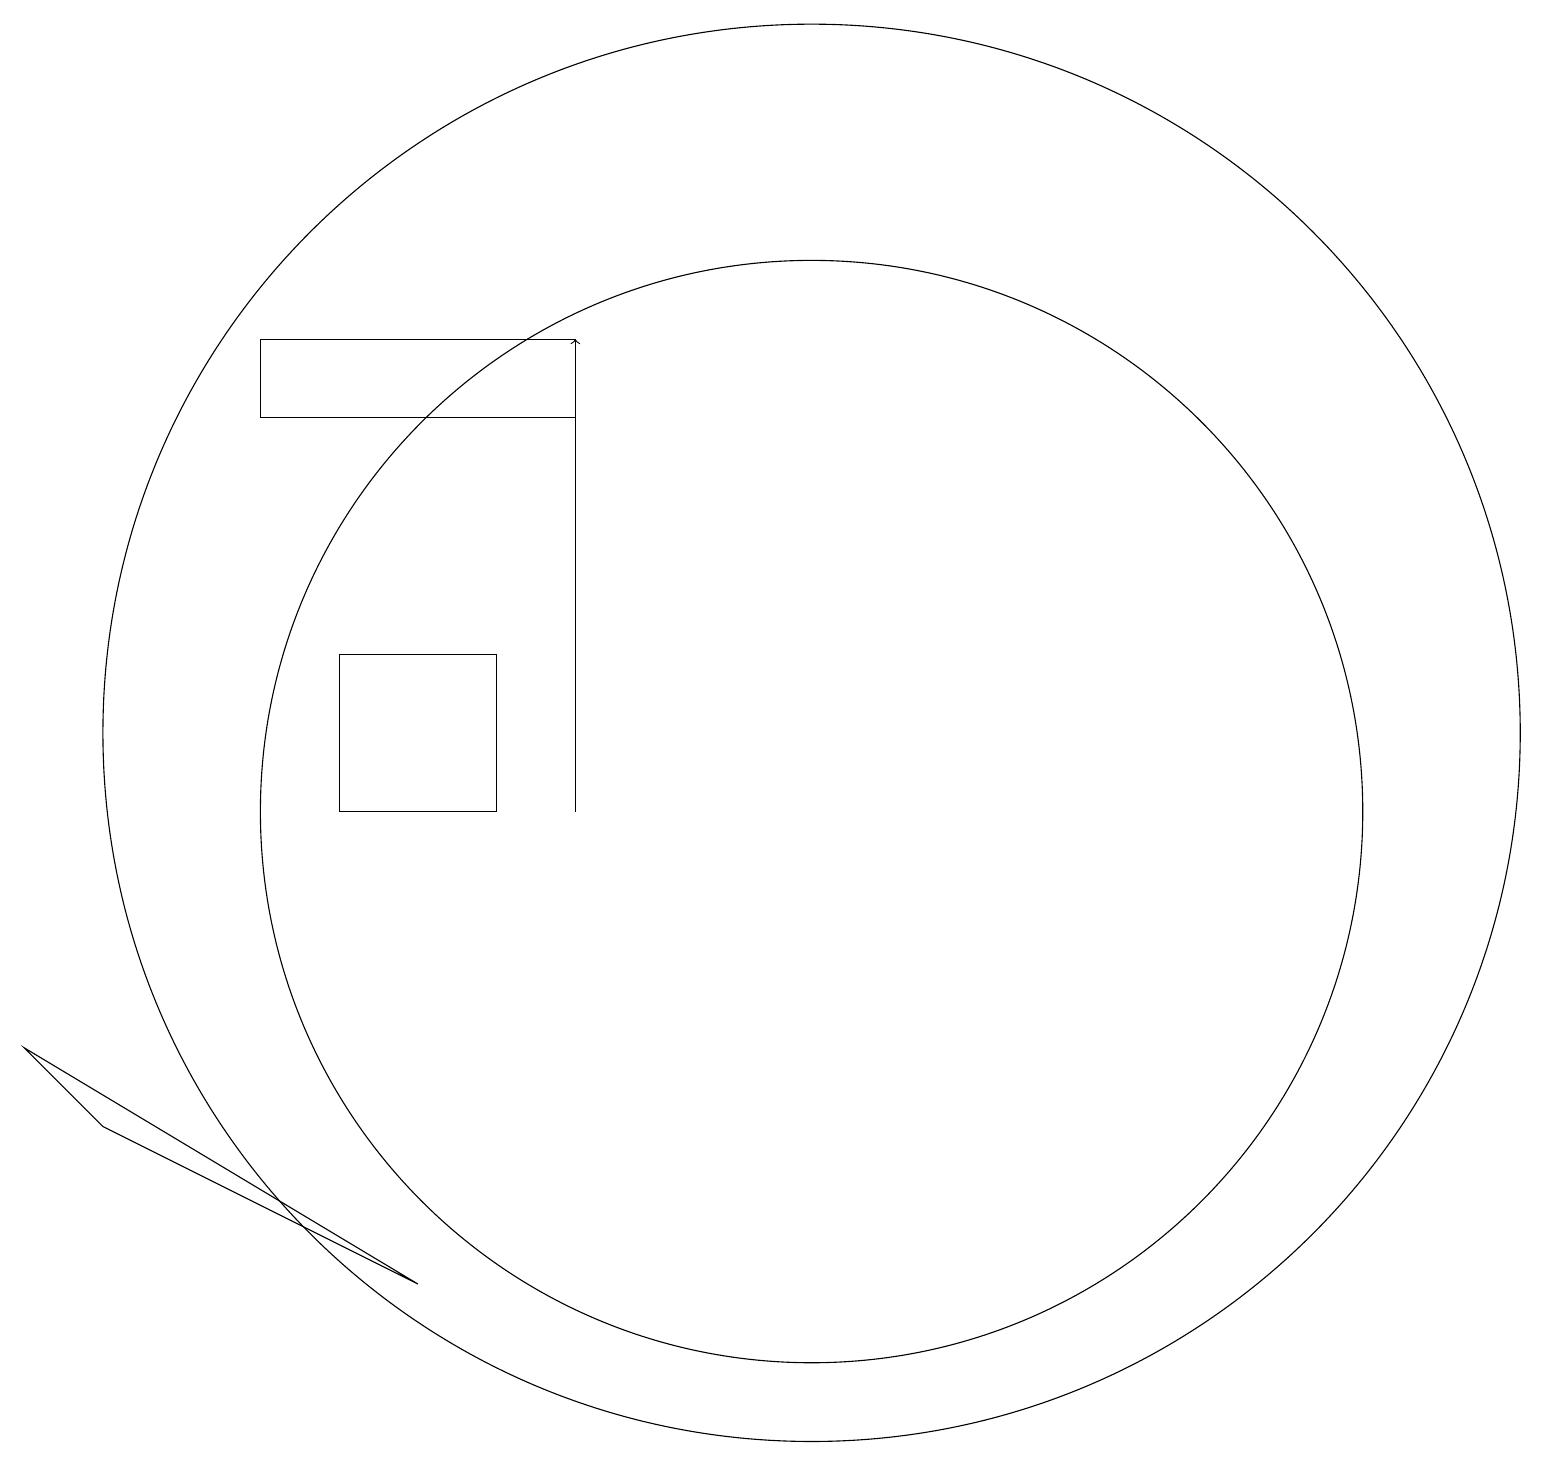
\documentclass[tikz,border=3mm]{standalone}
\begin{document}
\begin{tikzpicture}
\draw (12,11) circle (9);
\draw (12,10) circle (7);
\draw (6,10) rectangle (8,12);
\draw (2,7) -- (7,4) -- (3,6) -- cycle;
\draw[->] (9,10) -- (9,16);
\draw (9,15) rectangle (5,16);
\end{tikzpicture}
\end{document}